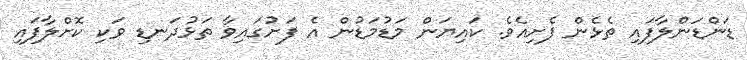
ޑަންޑަންލާފައި ތެޅެން ފެށިއެވެ. ކައިޔަން މަޑުމަޑުން އެ ފަށުގައިވާ ތަޅުދަނޑި ވަކި ކޮށްލާފައި